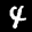
Label: 4